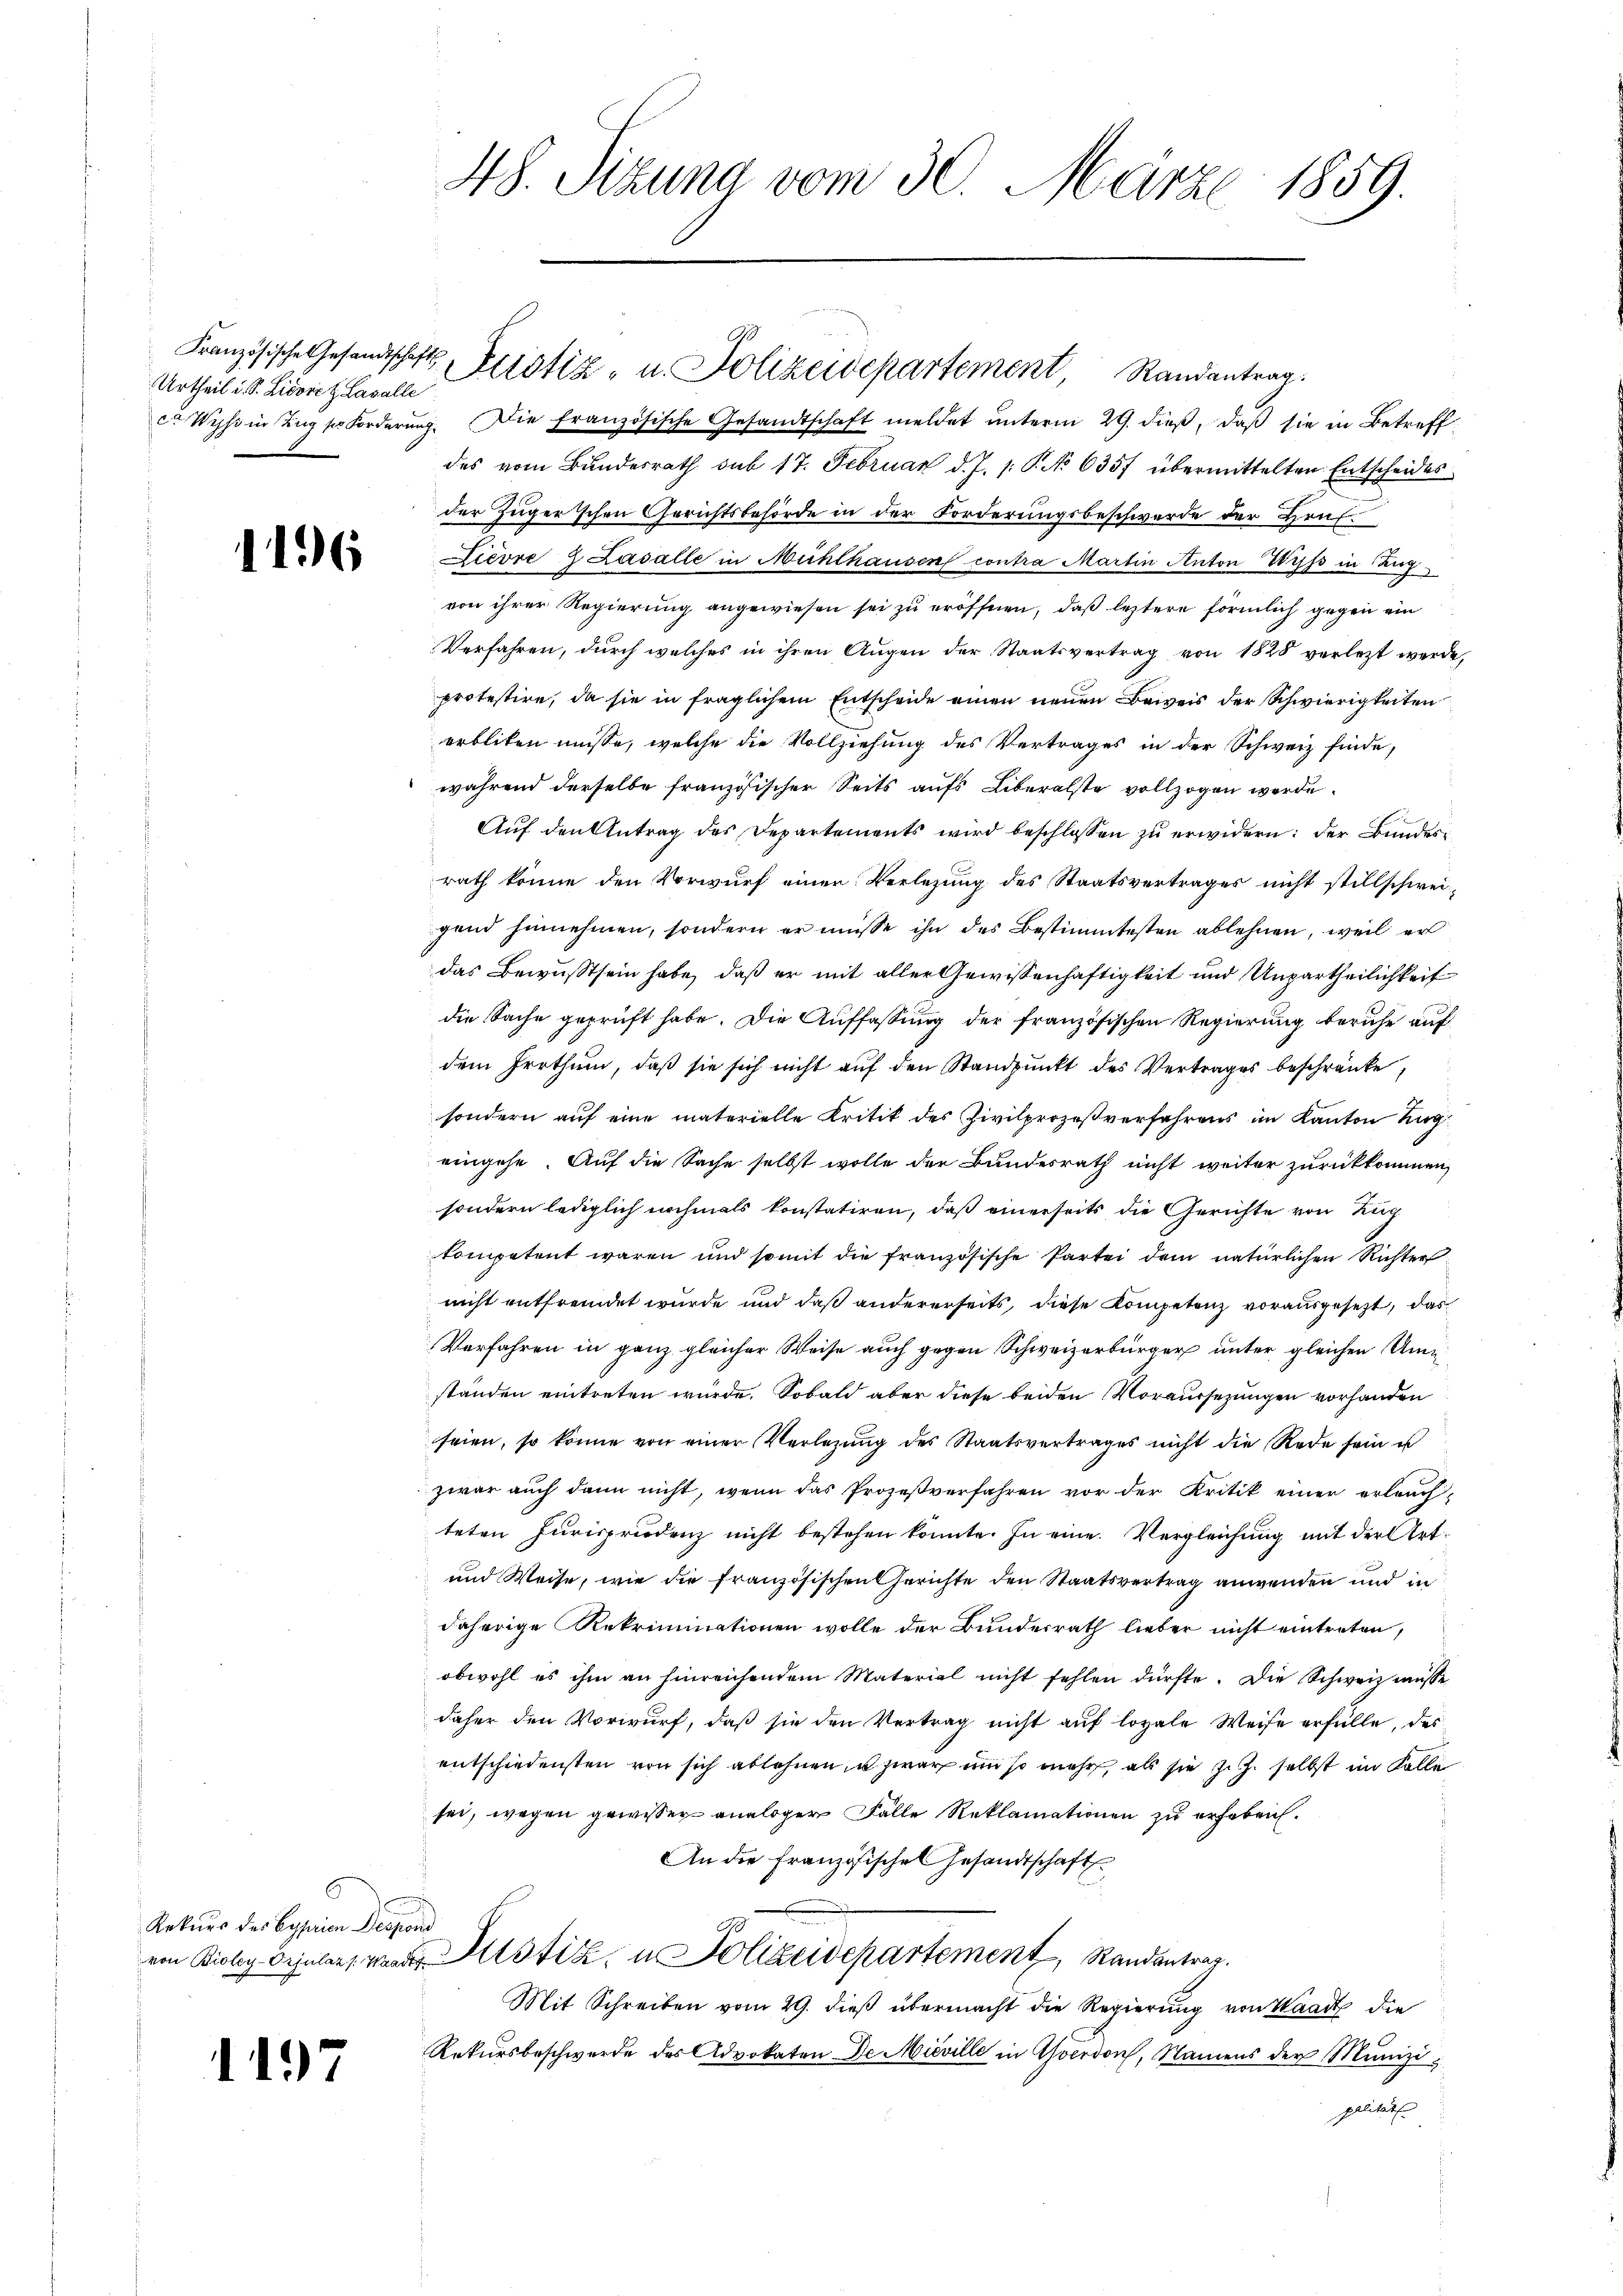
Urtheil d. S. Lidore z. Lavalle

¬

1196

c. Wyss in Zug so forderŭng. Die französische Gesandtschaft meldet ŭnterm 29. dieβ, daβ sie in Betreff
des vom Bundesrath sub 17. Februar d. J. 1. P. No 6357 übermittelten Entscheides
der Zuger’schen Gerichtsbehörde in der Forderungsbeschwerde der Hrn.
Livre 2 Zasalle in Mühlhausen contra Martin Anton Triss in Zug
von ihrer Regierung angewiesen sei zu eröffnen, daß letztere förmlich gegen ein
Verfahren, durch welches in ihren Augen der Staatsvertrag von 1828 verletzt werde,
protestire, da sie in fraglichem Entscheide einen neuen Beweis der Schwierigkeiten
erbliken müsse, welche die Vollziehung des Vertrages in der Schweiz finde,
während derselbe französischer Seits aufs Liberalste vollzogen werde.
Aŭf den Antrag des Departements wird beschlossen zu erwidern: der Bundesrath könne den Vorwurf einen Verlegung des Staatsvertrages nicht stillschweigend hinnehmen, sondern er müsse ihn des Bestimmtesten ablehnen, weil er
das Bewusstsein habe, daß er mit aller Gewissenhaftigkeit und Unpartheilichkeit
die Sache geprüft habe. Die Auffassung der französischen Regierung beruhe auf
dem Irrthum, daß sie sich nicht auf den Standpunkt des Vertrages beschränke,
sondern auf eine materielle Kritik des Zivilprozeßverfahrens im Kanton Zug
eingehe. Auf die Sache selbst wolle der Bundesrath nicht weiter zurückkommen,
sondern lediglich nochmals konstatiren, daß einerseits die Gerichte von Zug
kompetent waren und somit die französische Partei dem natürlichen Richter
nicht entfremdet wurde und daß andererseits, diese Kompetenz vorausgesezt, das
Verfahren in ganz gleicher Weise auch gegen Schweizerbürger unter gleichen Um
ständen eintreten würde. Sobald aber diese beiden Voraussezungen vorhanden
seien, so könne von einer Verlegŭng des Staatsvertrages nicht die Rede sein us
zwar auch dann nicht, wenn das Prozeßverfahren vor der Kritik einer erleuch-
teten Jurisprudenz nicht bestehen konnte. In eine Vergleichung mit der Art¬
und Weise, wie die französischen Gerichte den Staatsvertrag anwenden und in
daherige Rekriminationen wolle der Bundesrath lieber nicht eintreten,
obwohl es ihm an hinreichendem Material nicht fehlen dürfte. Die Schweiz müsse
daher den Vorwurf, daβ sie den Vertrag nicht aŭf loyale Weise erfülle, des
entschiedensten von sich ablehnen in zwar um so mehr, als sie zu selbst im Kolle
sei, wegen gewisser analoger Fälle Reklamationen zu erheben.
An die Französisches Gesandtschaft
von Bioley vielers weder Mistik, u. Polizeidepartement, Randantrag.
Mit Schreiben vom 29. dieß übermacht die Regierung von Waadt die
Rekursbeschwerde des Advokaten De Mieville in Yverdon, Namens der Munizipalität

Rekurs der Beysein Despond

7

48. Sizung vom 30. März 1859.

Französische Gesandtschaft Fristiz u. Polizeidepartement, Randantrag.